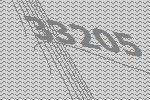
33205